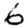
Digit: 6